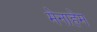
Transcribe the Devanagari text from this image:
मेनाहेम